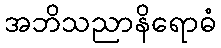
အဘိသညာနိရောဓံ